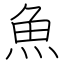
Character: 魚